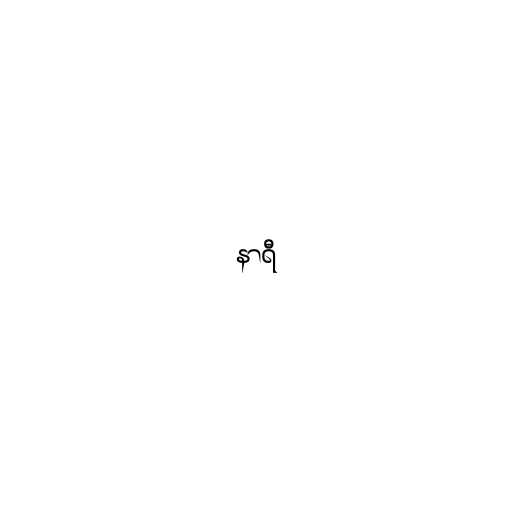
နာရီ